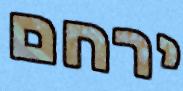
ירחם